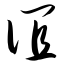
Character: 谊